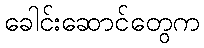
ခေါင်းဆောင်တွေက